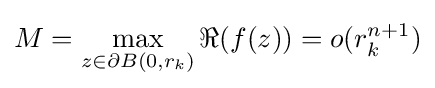
M=\max _{z\in \partial B(0,r_{k})}\Re (f(z))=o(r_{k}^{n+1})